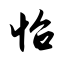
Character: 怡